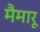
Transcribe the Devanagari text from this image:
मैमारू